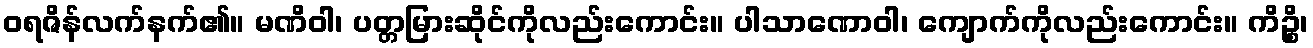
ဝရဇိန်လက်နက်၏။ မဏိဝါ၊ ပတ္တမြားဆိုင်ကိုလည်းကောင်း။ ပါသာဏောဝါ၊ ကျောက်ကိုလည်းကောင်း။ ကိဉ္စိ၊